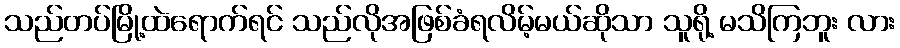
သည်တပ်မြို့ထဲရောက်ရင် သည်လိုအဖြစ်ခံရလိမ့်မယ်ဆိုသာ သူရို့ မသိကြဘူး လား